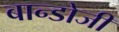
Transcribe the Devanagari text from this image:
बान्डोजी